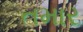
તમાર